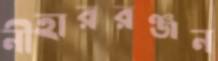
নীহাররঞ্জন